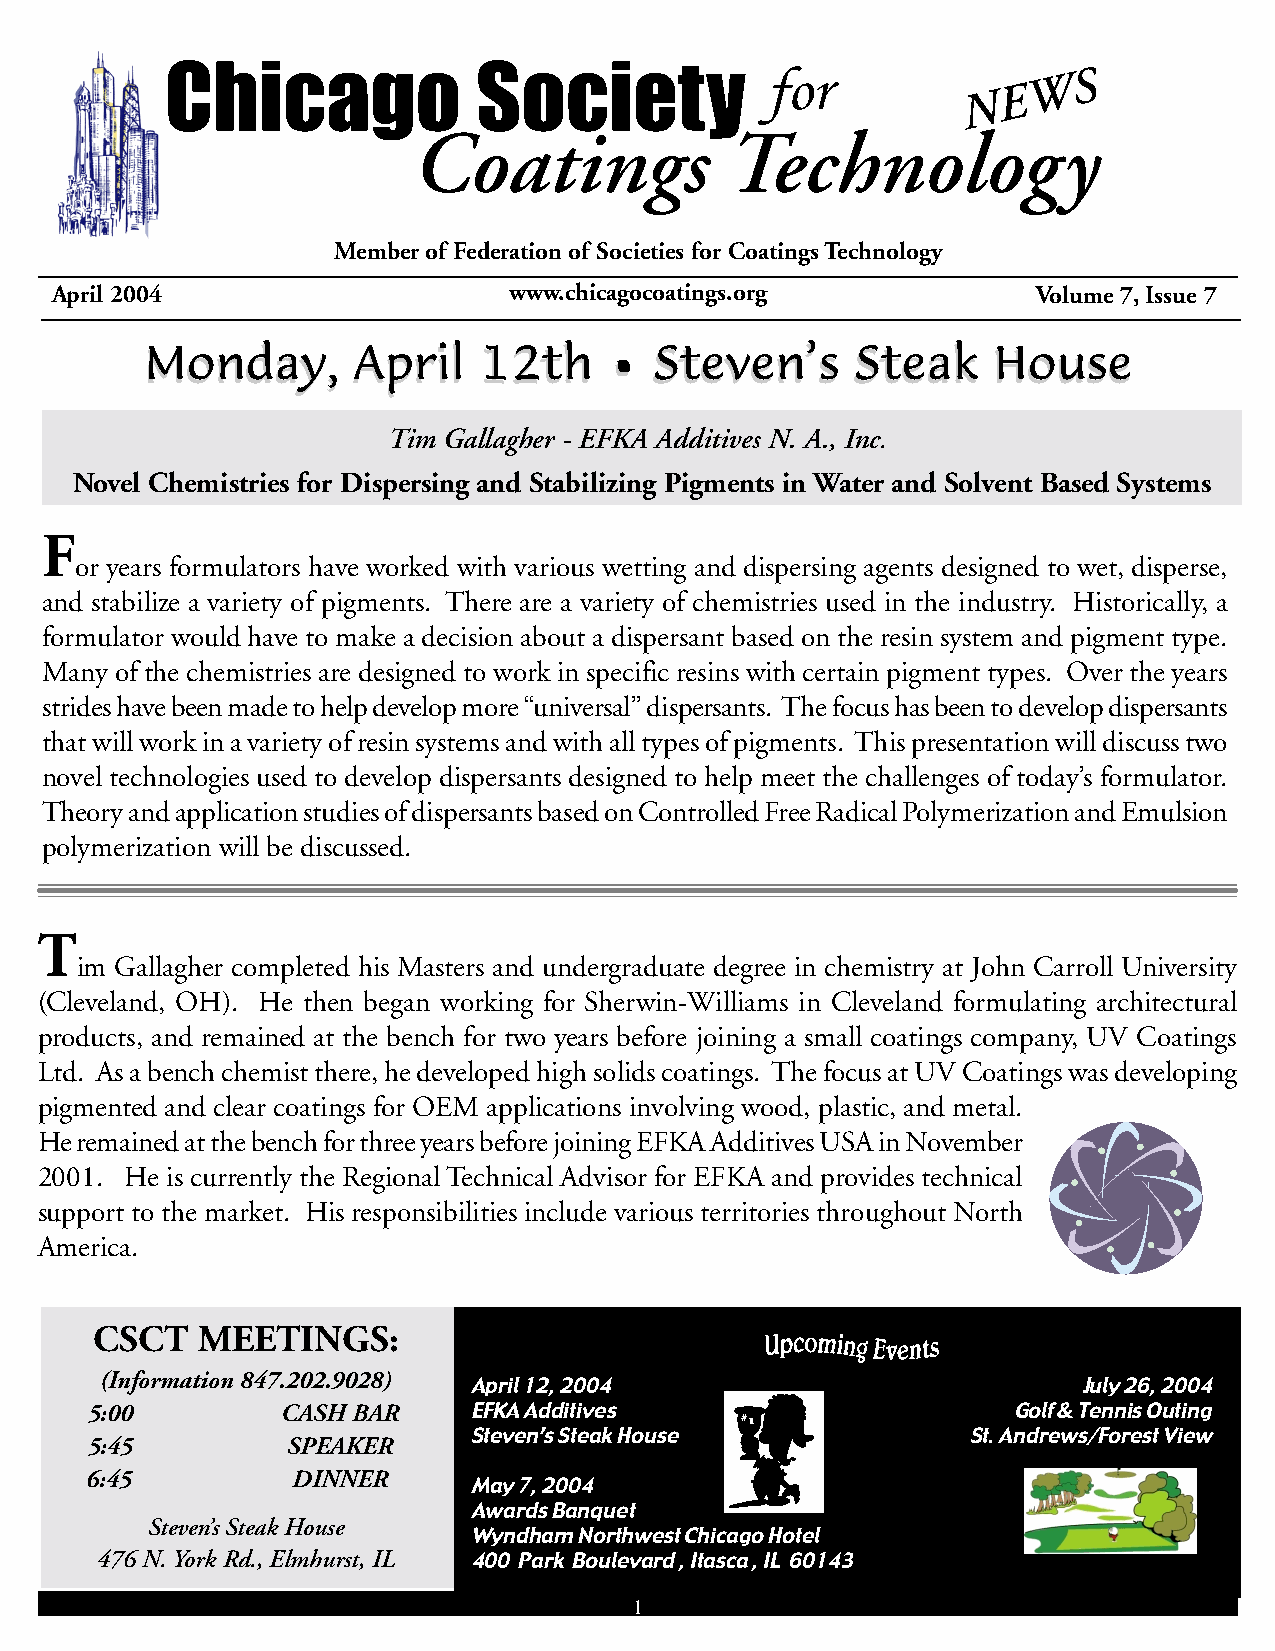
Chicago              Society
 for              W  S
 E
 N
 Coatings             Technology
 Member of Federation of Societies for Coatings Technology
 April 2004                     www.chicagocoatings.org            Volume 7, Issue 7
 MMoonnddaayy,, AApprriill 1122tthh •• SStteevveenn’’ss SStteeaakk HHoouussee
 Tim Gallagher - EFKA Additives N. A., Inc.
 Novel Chemistries for Dispersing and Stabilizing Pigments in Water and Solvent Based Systems
 F
 or years formulators have worked with various wetting and dispersing agents designed to wet, disperse,
 and stabilize a variety of pigments. There are a variety of chemistries used in the industry. Historically, a
 formulator would have to make a decision about a dispersant based on the resin system and pigment type.
 Many of the chemistries are designed to work in specific resins with certain pigment types. Over the years
 strides have been made to help develop more “universal” dispersants. The focus has been to develop dispersants
 that will work in a variety of resin systems and with all types of pigments. This presentation will discuss two
 novel technologies used to develop dispersants designed to help meet the challenges of today’s formulator.
 Theory and application studies of dispersants based on Controlled Free Radical Polymerization and Emulsion
 polymerization will be discussed.
 T
 im Gallagher completed his Masters and undergraduate degree in chemistry at John Carroll University
 (Cleveland, OH). He then began working for Sherwin-Williams in Cleveland formulating architectural
 products, and remained at the bench for two years before joining a small coatings company, UV Coatings
 Ltd. As a bench chemist there, he developed high solids coatings. The focus at UV Coatings was developing
 pigmented and clear coatings for OEM applications involving wood, plastic, and metal.
 He remained at the bench for three years before joining EFKA Additives USA in November
 2001. He is currently the Regional Technical Advisor for EFKA and provides technical
 support to the market. His responsibilities include various territories throughout North
 America.
 CSCT   MEETINGS:
 (Information 847.202.9028) April 12, 2004                        July 26, 2004
 5:00         CASH BAR    EFKA Additives                      Golf & Tennis Outing
 Steven’s Steak House             St. Andrews/Forest View
 5:45         SPEAKER
 6:45         DINNER
 May 7, 2004
 Awards Banquet
 Steven’s Steak House
 Wyndham Northwest Chicago Hotel
 476 N. York Rd., Elmhurst, IL 400 Park Boulevard , Itasca , IL 60143
 1